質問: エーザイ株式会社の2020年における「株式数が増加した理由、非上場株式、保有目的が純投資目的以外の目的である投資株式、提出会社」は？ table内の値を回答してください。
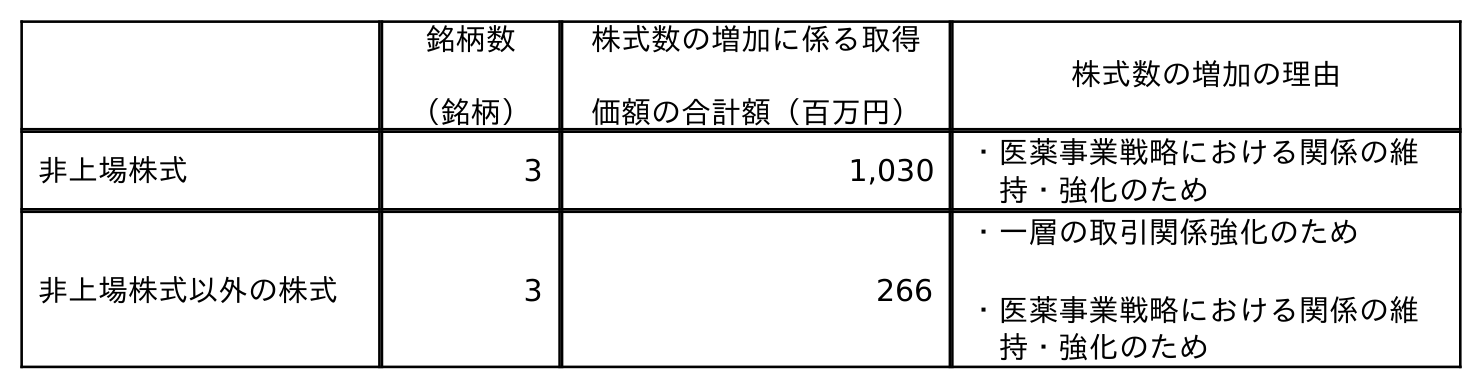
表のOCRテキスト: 銘柄数 （銘柄） 株式数の増加に係る取得 価額の合計額（百万円） 株式数の増加の理由 非上場株式 3 1,030 ・医薬事業戦略における関係の維 持・強化のため 非上場株式以外の株式 3 266 ・一層の取引関係強化のため ・医薬事業戦略における関係の維 持・強化のため
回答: ・医薬事業戦略における関係の維持・強化のため